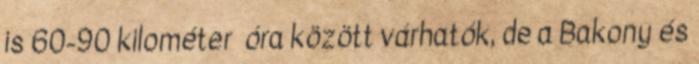
is 60-90 kilométer óra között várhatók, de a Bakony és